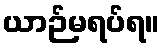
ယာဉ်မရပ်ရ။